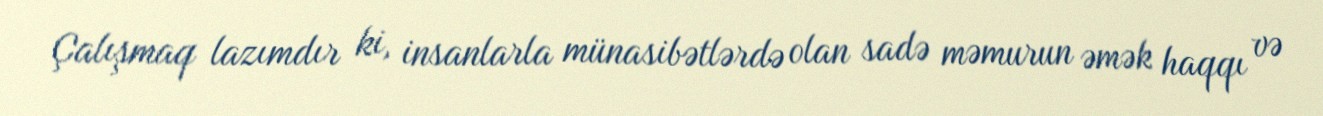
Çalışmaq lazımdır ki, insanlarla münasibətlərdə olan sadə məmurun əmək haqqı və